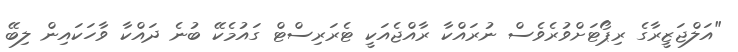
"އަލްޖަޒީރާގެ ރިޕޯޓަށްވުރެވެސް ނުރައްކާ ރާއްޖެއަކީ ޓެރަރިސްޓް ގައުމެކޭ ބުނެ ދައްކާ ވާހަކައިން ލިބޭ